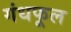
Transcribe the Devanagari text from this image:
गंधफूल